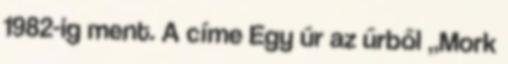
1982-ig ment. A címe Egy úr az űrből „Mork